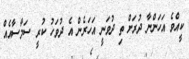
ކީއްވެ އަހަންނާ ދުރަށް ތި ދުވަނީ އަހަރެން އެ ދުވަހު ކުރީ ސަމާސާއެއް